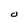
Character: O